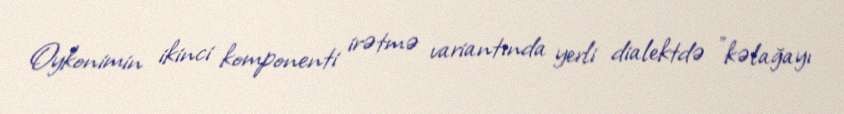
Oykonimin ikinci komponenti irətmə variantında yerli dialektdə "kəlağayı